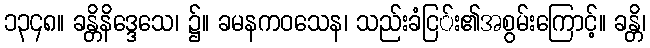
၁၃၄၈။ ခန္တိနိဒ္ဒေသေ၊ ၌။ ခမနကဝသေန၊ သည်းခံငြ်း၏အစွမ်းကြောင့်။ ခန္တိ၊